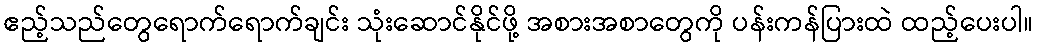
ဧည့်သည်တွေရောက်ရောက်ချင်း သုံးဆောင်နိုင်ဖို့ အစားအစာတွေကို ပန်းကန်ပြားထဲ ထည့်ပေးပါ။